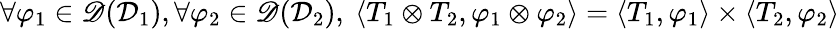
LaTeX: \begin{array}{r}{\forall\varphi_{1}\in\mathscr{D}(\mathcal{D}_{1}),\forall\varphi_{2}\in\mathscr{D}(\mathcal{D}_{2}),\ \langle T_{1}\otimes T_{2},\varphi_{1}\otimes\varphi_{2}\rangle=\langle T_{1},\varphi_{1}\rangle\times\langle T_{2},\varphi_{2}\rangle}\end{array}